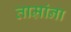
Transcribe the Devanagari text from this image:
ताम्रांना